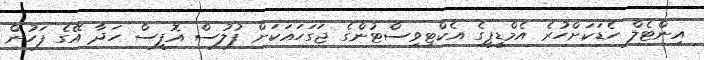
އިންޓެލް ހެޑަކަށްހުރެ އެމްޑީޕީގެ އެކްޓިވިސްޓުންގެ ޖަގަހައަކަށް ފުލުސް އޮފީސް ހަދާ އޭގެ ފަހުން